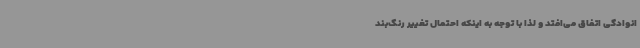
انوادگی اتفاق می‌افتد و لذا با توجه به اینکه احتمال تغییر رنگ‌بند